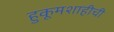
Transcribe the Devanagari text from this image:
हुकूमशाहीची